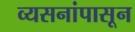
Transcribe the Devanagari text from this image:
व्यसनांपासून